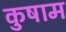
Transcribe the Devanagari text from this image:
कुषाम